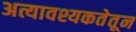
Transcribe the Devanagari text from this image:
अत्यावश्यकतेतून